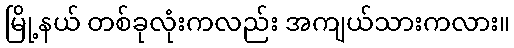
မြို့နယ် တစ်ခုလုံးကလည်း အကျယ်သားကလား။